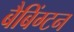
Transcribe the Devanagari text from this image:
बैबिंग्टन